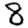
Digit: 8